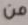
من